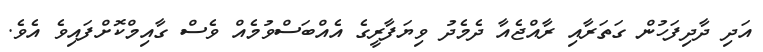
އަދި ދާދިފަހުން ގަތަރާއި ރާއްޖެއާ ދެމެދު ވިޔަފާރީގެ އެއްބަސްވުމެއް ވެސް ގާއިމްކޮށްފައިވެ އެވެ.